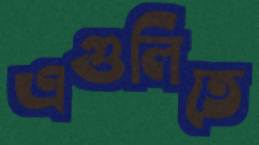
এগুলিতে